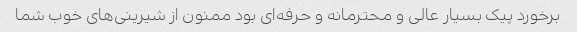
برخورد پیک بسیار عالی و محترمانه و حرفه‌ای بود ممنون از شیرینی‌های خوب شما